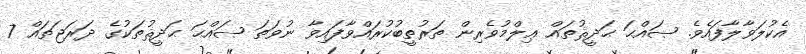
އެކުލަވާލާފައެވެ. ޞައްޙަ ޙަދީޘުތައް ޢިލްމުވެރިން ތަރުތީބުކުރައްވާފައިވާ ނުވަތަ ޞައްޙަ ޙަދީޘުތަކުގެ ދަރަޖަތައް 7